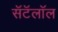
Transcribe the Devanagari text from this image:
सॅटॅलॉल